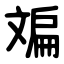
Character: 斒